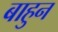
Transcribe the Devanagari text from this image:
बाहुन